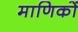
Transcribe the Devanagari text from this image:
माणिकों